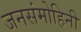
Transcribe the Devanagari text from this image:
जनसंमोहिनी